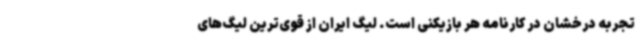
تجربه درخشان در کارنامه هر بازیکنی است. لیگ ایران از قوی‌ترین لیگ‌های